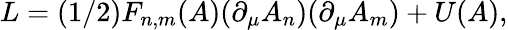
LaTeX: L=(1/2)F_{n,m}(A)(\partial_{\mu}A_{n})(\partial_{\mu}A_{m})+U(A),